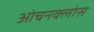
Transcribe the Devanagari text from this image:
ओचनक्लोस